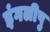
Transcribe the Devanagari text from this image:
इंगलीषु